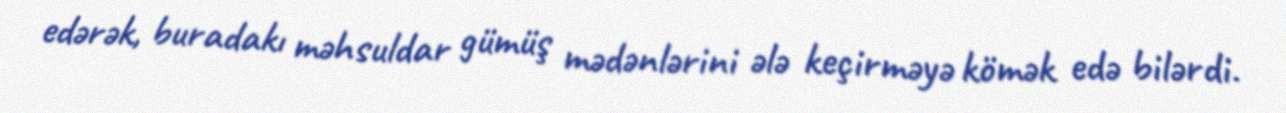
edərək, buradakı məhsuldar gümüş mədənlərini ələ keçirməyə kömək edə bilərdi.